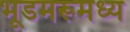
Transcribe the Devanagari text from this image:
भूडमरूमध्य